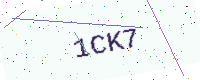
Text: 1CK7